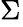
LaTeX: \Sigma_{}^{}